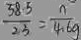
\frac { 5 8 . 5 } { 2 . 3 } = \frac { n } { 4 . 6 g }